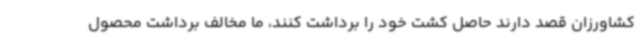
کشاورزان قصد دارند حاصل کشت خود را برداشت کنند، ما مخالف برداشت محصول